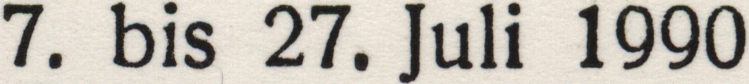
7. bis 27. juli 1990